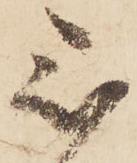
被